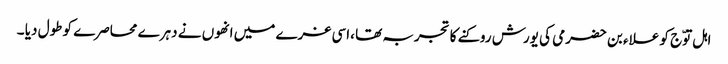
اہل توّج کو علاء بن حضرمی کی یورش روکنے کا تجربہ تھا ،اسی غرے میں انھوں نے دہرے محاصرے کو طول دیا ۔